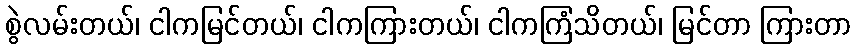
စွဲလမ်းတယ်၊ ငါကမြင်တယ်၊ ငါကကြားတယ်၊ ငါကကြံသိတယ်၊ မြင်တာ ကြားတာ